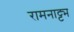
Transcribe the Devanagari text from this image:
रामनाट्ट्म